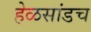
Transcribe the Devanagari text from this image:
हेळसांडच